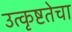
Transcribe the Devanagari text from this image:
उत्कृष्टतेचा